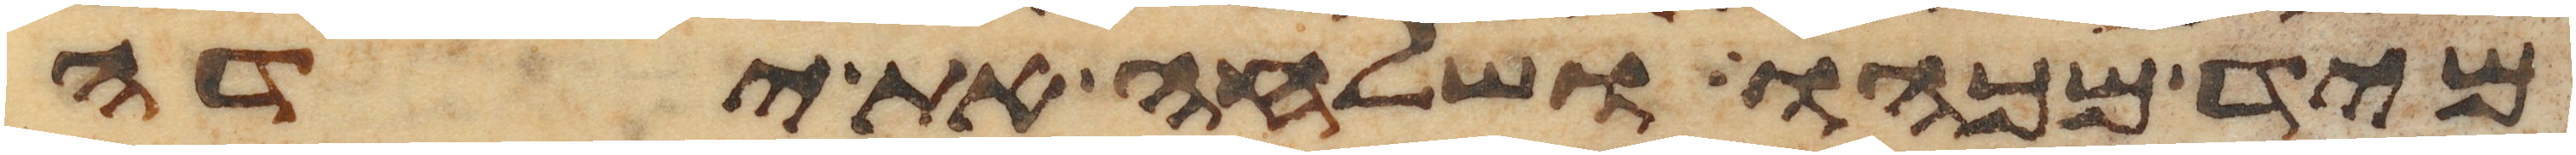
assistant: מיד מכהו ושלחה את ידה